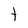
Character: t